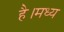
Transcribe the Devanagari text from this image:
है।मध्य